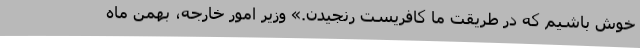
خوش باشیم که در طریقت ما کافریست رنجیدن.» وزیر امور خارجه، بهمن ماه